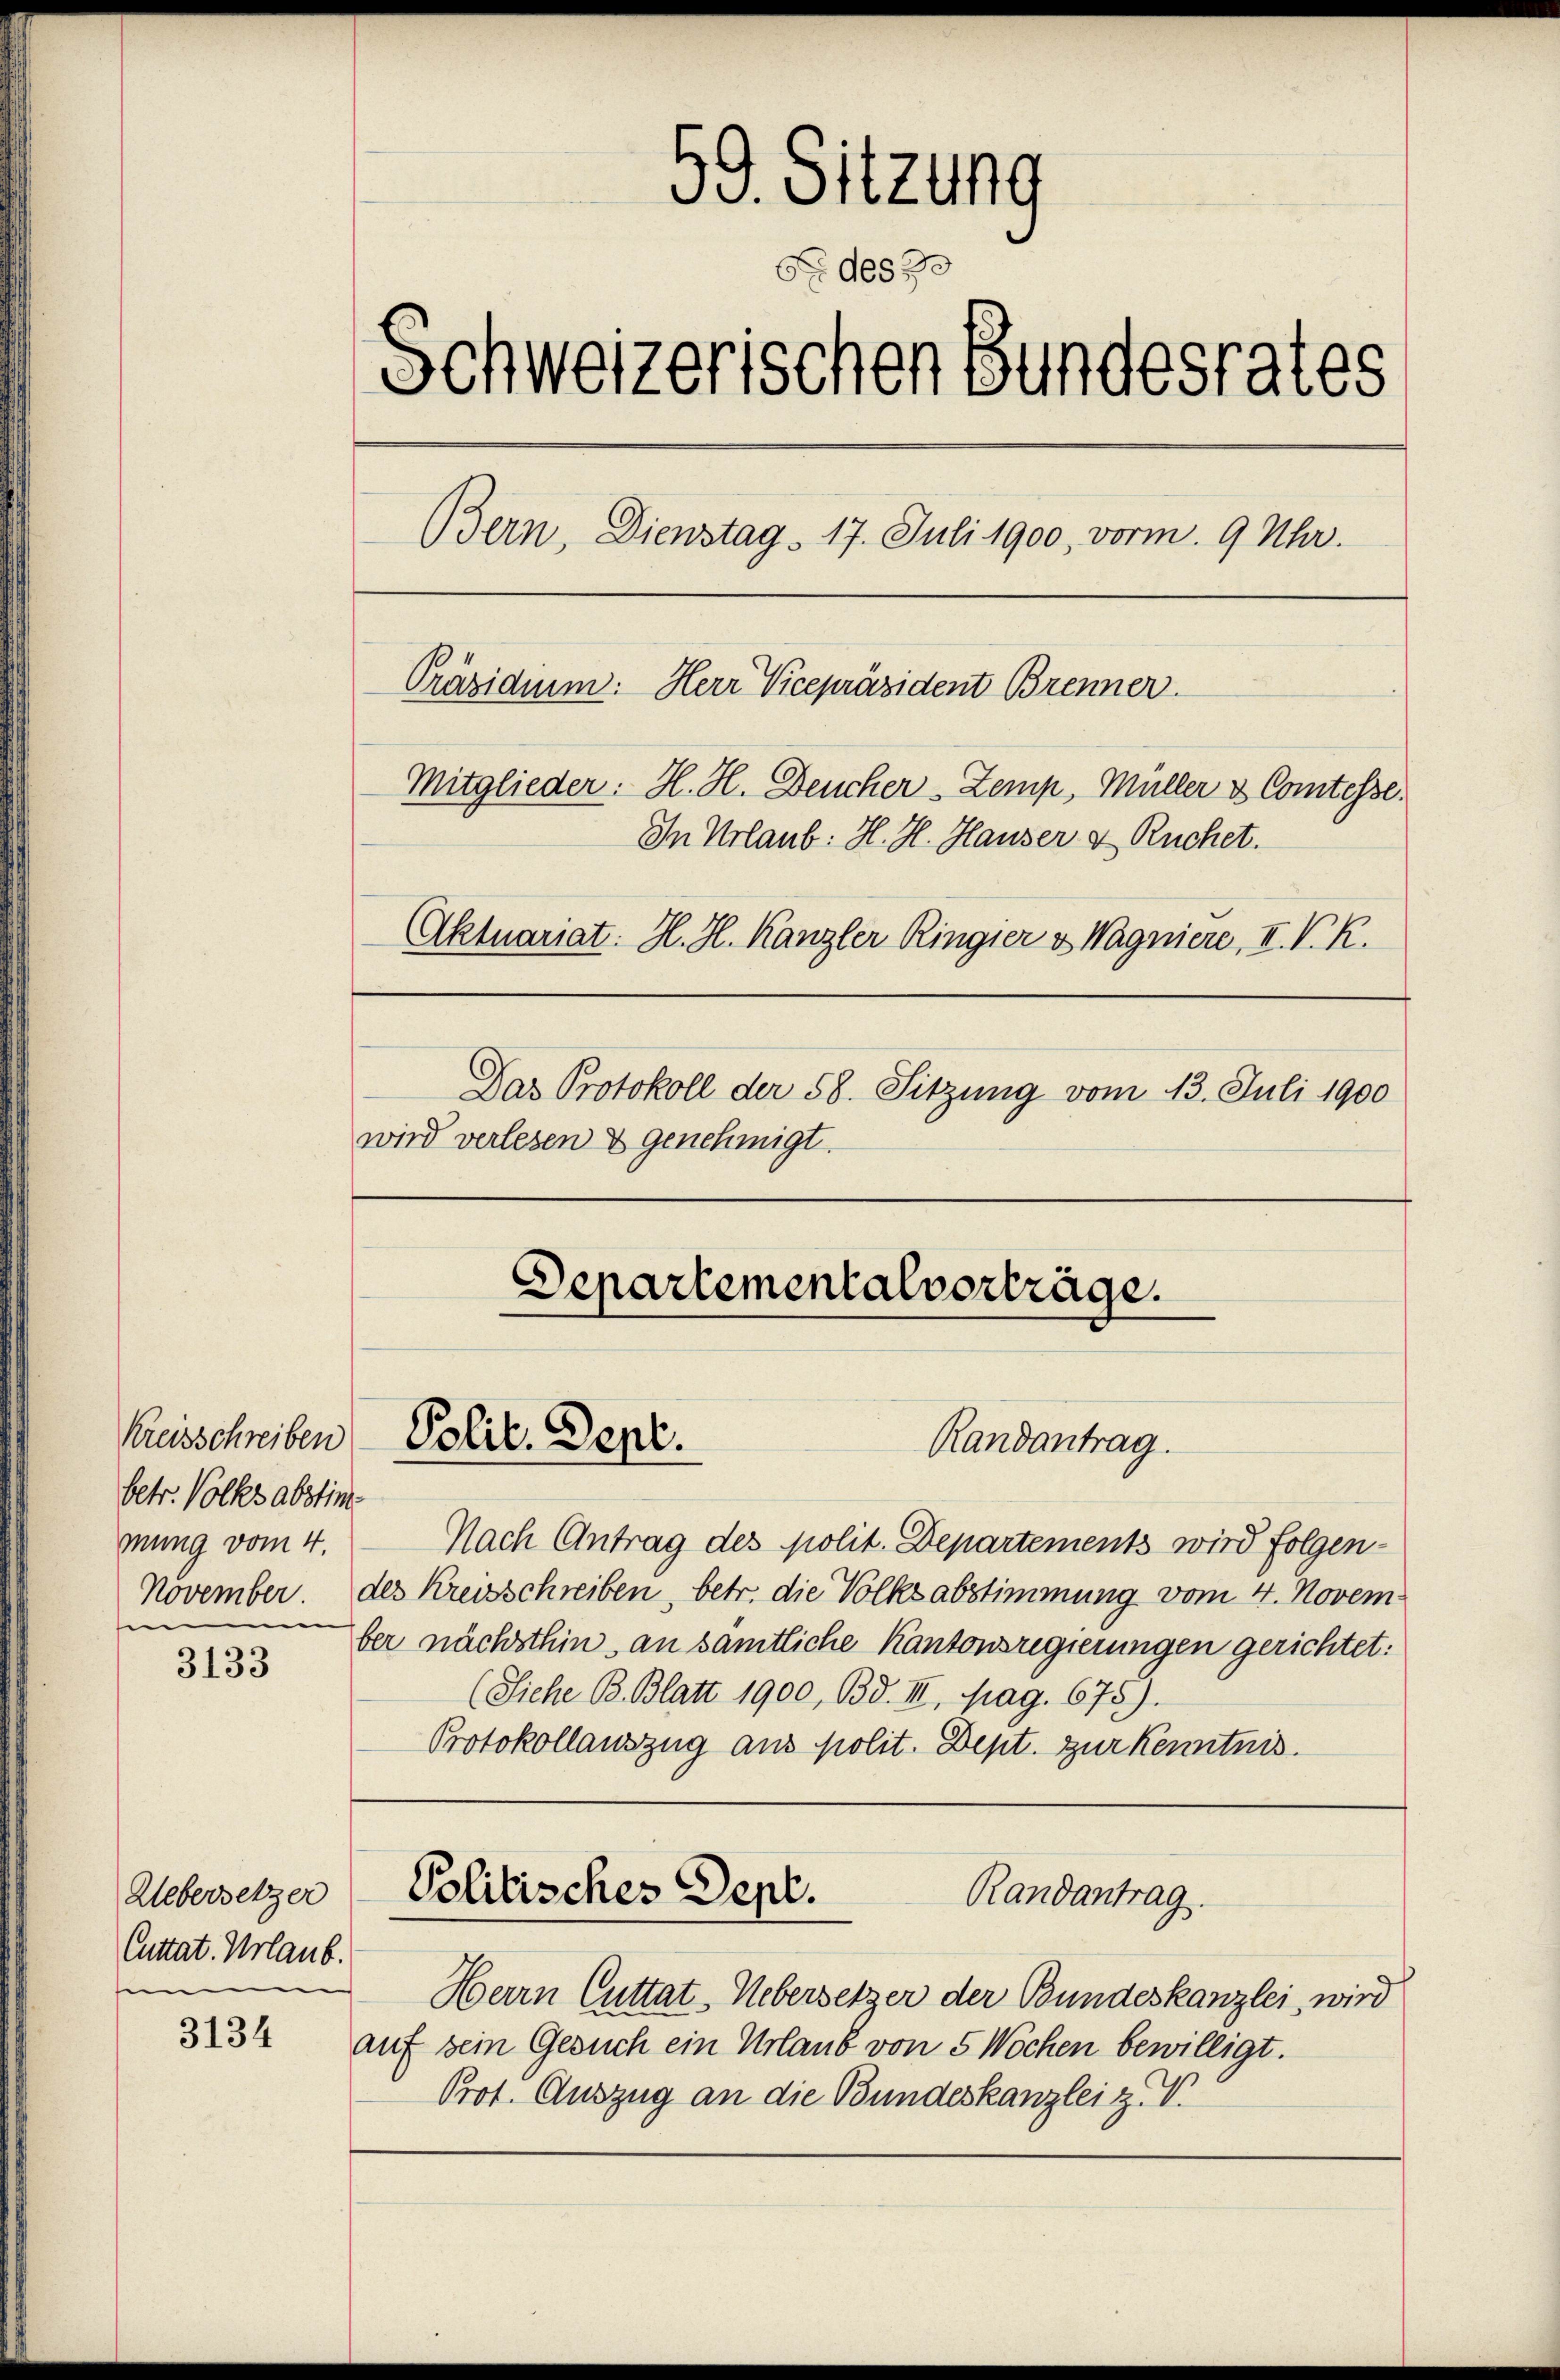
Kreisschreiben
betr. Volksabstin
mung vom 4.
sen

3133

Uebersetzer
Cuttat. Urlaub.
e

3134

59. Sitzung
S des 70
Schweizerischen Bundesrates
Bern, Dienstag. 17. Juli 1900, vorm. 9 Uhr.
Präsidium: Herr Vicepräsident Brenner
Mitglieder: H. H. Deucher-Zemp, Müller & Comtesse.
In Urlaub: H. H. Hauser & Ruchet.
Aktuariat. H. H. Kanzler Ringier & Wagniere, II. V. R.
Das Protokoll der 58. Sitzung vom 13. Juli 1900
wird verlesen & genehmigt.

Nach Antrag des polit. Departements wird folgen¬
November des Kreisschreiben, betr. die Volksabstimmung vom 4. November nächsthin, an sämtliche Kantonsregierungen gerichtet:
(Siehe B. Blatt 1900, Bd. III, pag. 675).
Protokollauszug aus polit. Dept. zur Kenntnis.

Polit. Sept.

Departemental vorträge.

Randantrag.

Herrn Cuttat. Uebersetzer der Bundeskanzlei, wird
auf sein Gesuch ein Urlaub von 5 Wochen bewilligt.
Prot. Auszug an die Bundeskanzlei z. V.

Politisches Sept.
Randantrag.